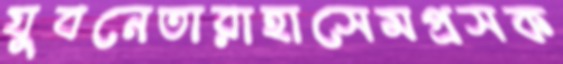
যুবনেতারাহাসেমপ্রসক